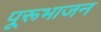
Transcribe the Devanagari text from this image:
पूरूभाजन